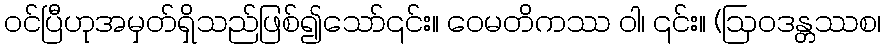
ဝင်ပြီဟုအမှတ်ရှိသည်ဖြစ်၍သော်၎င်း။ ဝေမတိကဿ ဝါ၊ ၎င်း။ (ဩဝဒန္တဿစ၊